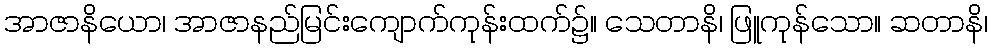
အာဇာနိယော၊ အာဇာနည်မြင်းကျောက်ကုန်းထက်၌။ သေတာနိ၊ ဖြူကုန်သော။ ဆတာနိ၊